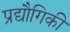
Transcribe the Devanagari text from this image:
प्रद्यौगिकी